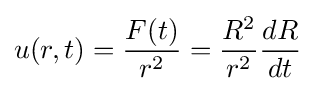
u(r,t)={\frac {F(t)}{r^{2}}}={\frac {R^{2}}{r^{2}}}{\frac {dR}{dt}}